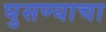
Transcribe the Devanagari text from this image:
घुसण्याचा